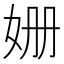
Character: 姗